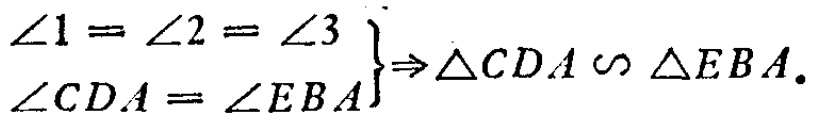
$\left.\begin{array}{l}
\angle 1=\angle 2=\angle 3 \\
\angle C D A=\angle E B A
\end{array}\right\} \Rightarrow \triangle C D A \backsim \triangle E B A .$